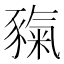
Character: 𧱲